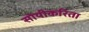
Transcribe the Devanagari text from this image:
सोयीकरिता